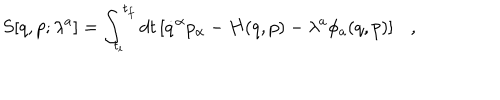
LaTeX: S [ q , p ; \lambda ^ { a } ] = \int _ { t _ { i } } ^ { t _ { f } } d t \left[ \dot { q } ^ { \alpha } p _ { \alpha } - H ( q , p ) - \lambda ^ { a } \phi _ { a } ( q , p ) \right] \ \ \ ,